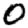
Digit: 0